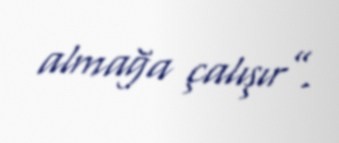
almağa çalışır”.